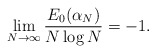
\begin{align*}\lim_{N\rightarrow\infty}\frac{E_{0}(\alpha_{N})}{N\log N}=-1.\end{align*}